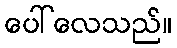
ပေါ်လေသည်။